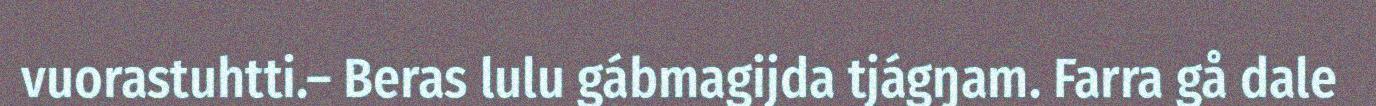
vuorastuhtti.– Beras lulu gábmagijda tjágŋam. Farra gå dale